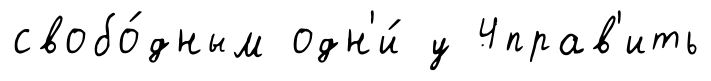
свобо́дным одн'и́ у 4прав'ить